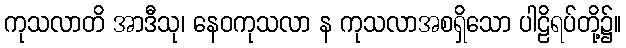
ကုသလာတိ အာဒီသု၊ နေဝကုသလာ န ကုသလာအစရှိသော ပါဠိရပ်တို့၌။